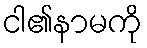
ငါ၏နာမကို